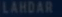
LAHDAR